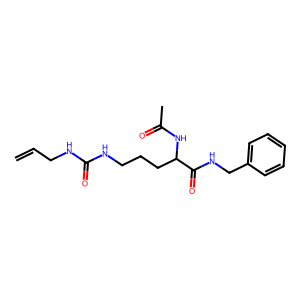
SMILES: C=CCNC(=O)NCCCC(NC(C)=O)C(=O)NCc1ccccc1
Inhibits HIV replication: No